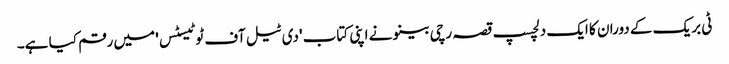
ٹی بریک کے دوران کا ایک دلچسپ قصہ رچی بینو نے اپنی کتاب 'دی ٹیل آف ٹو ٹیسٹس' میں رقم کیا ہے۔